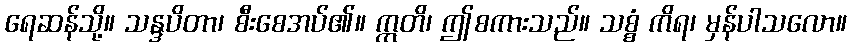
ရေဆန်သို့။ သန္ဒပိတာ၊ စီးစေအပ်၏။ ဣတိ၊ ဤစကားသည်။ သစ္စံ ကိရ၊ မှန်ပါသလော။